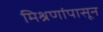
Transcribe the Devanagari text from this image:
मिश्रणांपासून